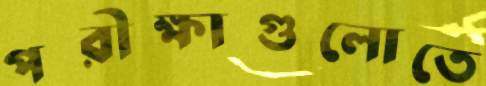
পরীক্ষাগুলোতে